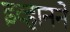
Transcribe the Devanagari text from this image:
इव्हानने